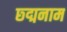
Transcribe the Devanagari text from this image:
छ्द्मनाम